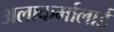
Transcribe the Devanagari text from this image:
अलाकर्मालाई